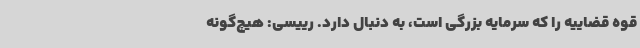
قوه قضاییه را که سرمایه بزرگی است، به دنبال دارد. رییسی: هیچ‌گونه